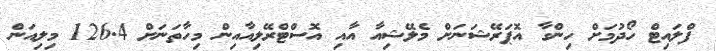
ފްލައިޓް ހޯދުމަށް ހިންގާ އޮޕަރޭޝަނަށް މެލޭޝިއާ އާއި އޮސްޓްރޭލިއާއިން މިހާތަނަށް 126.4 މިލިއަން